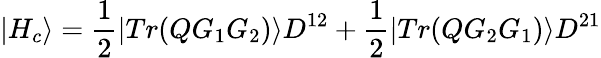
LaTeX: \left|H_{c}\right\rangle=\frac 12\left|Tr(QG_{1}G_{2})\right\rangle D^{12}+\frac 12\left|Tr(QG_{2}G_{1})\right\rangle D^{21}